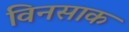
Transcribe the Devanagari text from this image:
विनसाक